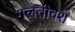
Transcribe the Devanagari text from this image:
गलतीवश